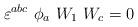
LaTeX: \begin{align*}\varepsilon^{abc}~\phi_a~W_1~W_c=0\end{align*}